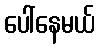
ပေါ်နေမယ်